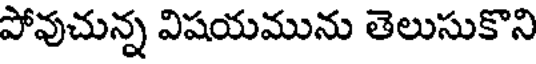
పోవుచున్న విషయమును తెలుసుకొని